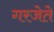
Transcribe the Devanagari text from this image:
गरजेते